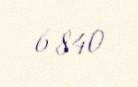
6 840